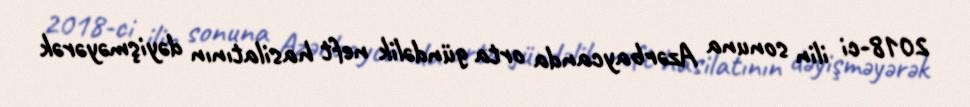
2018-ci ilin sonuna Azərbaycanda orta gündəlik neft hasilatının dəyişməyərək